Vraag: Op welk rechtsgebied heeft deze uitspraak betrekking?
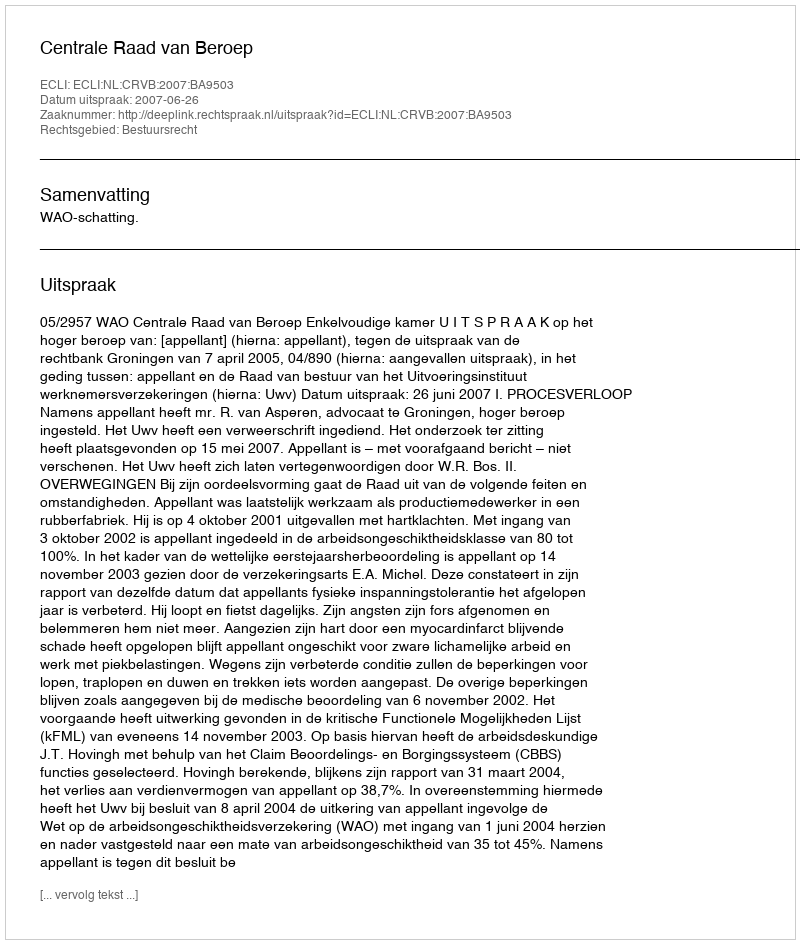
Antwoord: Bestuursrecht